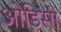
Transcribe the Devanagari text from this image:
आेडिसी